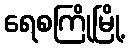
ရေစကြိုမြို့